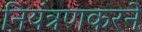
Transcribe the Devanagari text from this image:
नियंत्रणकरने